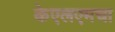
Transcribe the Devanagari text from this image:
केएलएमचा